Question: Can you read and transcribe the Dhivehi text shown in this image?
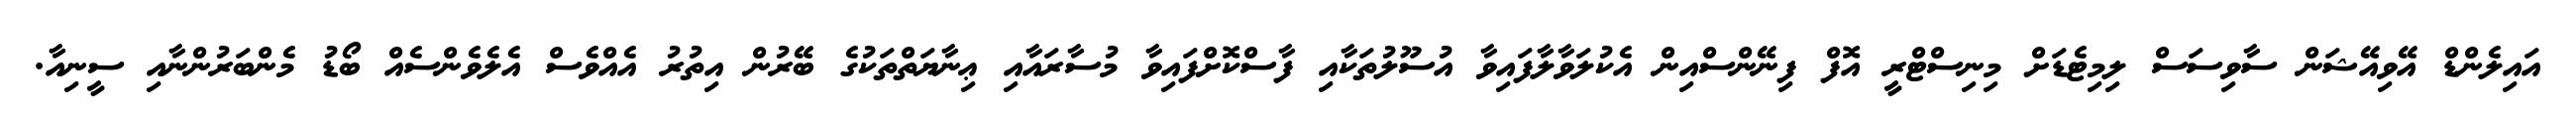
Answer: އައިލެންޑް އޭވިއޭޝަން ސާވިސަސް ލިމިޓެޑަށް މިނިސްޓްރީ އޮފް ފިނޭންސްއިން އެކުލަވާލާފައިވާ އުސޫލުތަކާއި ފާސްކޮށްފައިވާ މުސާރައާއި ޢިނާޔަތްތަކުގެ ބޭރުން އިތުރު އެއްވެސް އެލެވެންސެއް ބޯޑު މެންބަރުންނާއި ސީނިއާ.